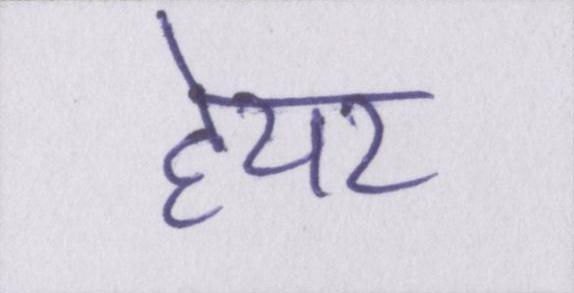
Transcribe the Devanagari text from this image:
हेयर